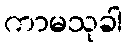
ကာမသုခါ